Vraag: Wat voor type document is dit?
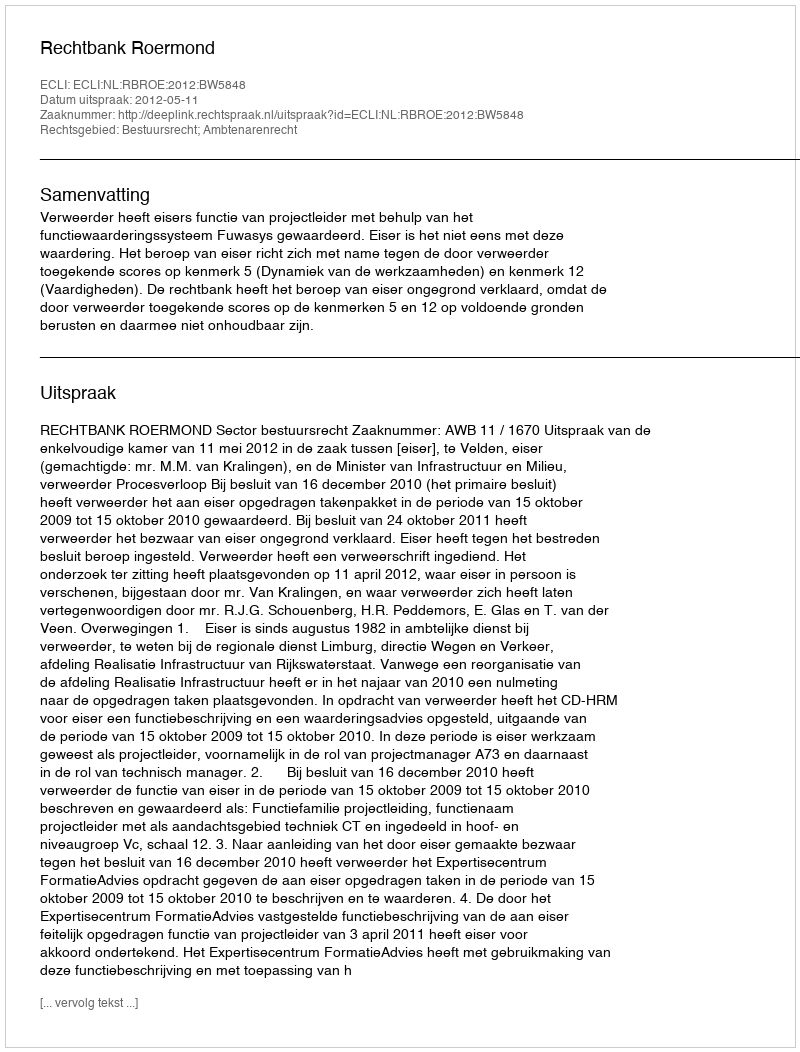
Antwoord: Uitspraak